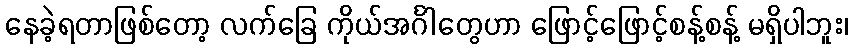
နေခဲ့ရတာဖြစ်တော့ လက်ခြေ ကိုယ်အင်္ဂါတွေဟာ ဖြောင့်ဖြောင့်စန့်စန့် မရှိပါဘူး၊